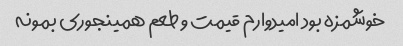
خوشمزه بود امیدوارم قیمت و طعم همینجوری بمونه